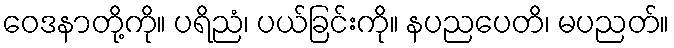
ဝေဒနာတို့ကို။ ပရိညံ၊ ပယ်ခြင်းကို။ နပညပေတိ၊ မပညတ်။